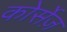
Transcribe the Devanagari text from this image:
कोर्सेज़